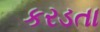
કરડતા